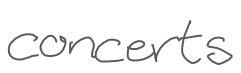
Text: concerts
Cross-out: clean
Writing tool: digital_gray